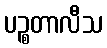
ပဉ္စတာလီသ